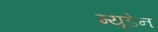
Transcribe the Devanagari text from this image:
म्यूडेन